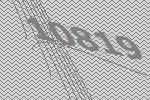
10819